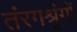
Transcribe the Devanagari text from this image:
तंरगश्रृंगों